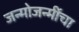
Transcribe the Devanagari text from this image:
जन्मोजन्मींचा